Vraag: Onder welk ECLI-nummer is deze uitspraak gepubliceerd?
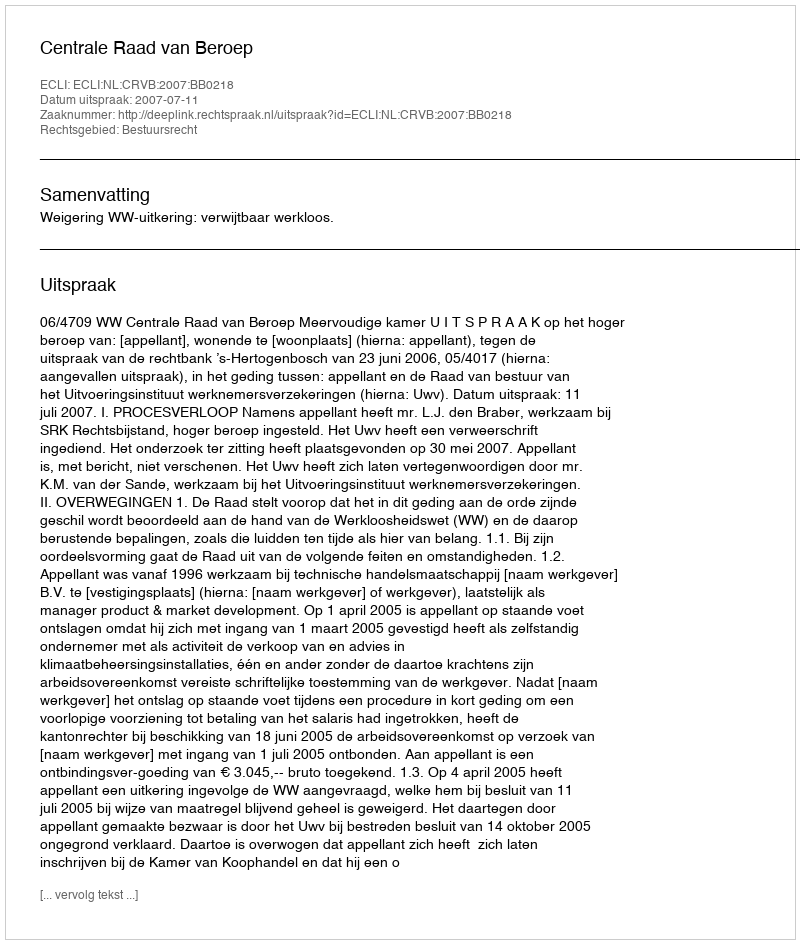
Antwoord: ECLI:NL:CRVB:2007:BB0218